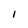
Character: 1